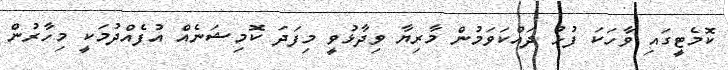
ކޮމެޓީގައި ވާހަކަ ފުޅު ދައްކަވަމުން މާރިޔާ ވިދާޅުވީ މިފަދަ ކޮމިޝަނެއް އުފެއްދުމަކީ މިހާރުން